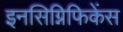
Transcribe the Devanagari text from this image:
इनसिग्निफिकेंस